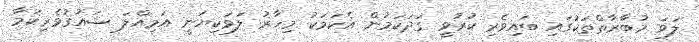
ލަވަ މުބާރާތްތަކުގައި ބައިވެރި ކުރުވީ ގަދަކަމުން އެކަމަކު މިހާރު ލަވަކިޔަނީ އަމިއްލަ ޝައުޤުވެރިކަމާ